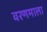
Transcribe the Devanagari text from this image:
वरणमाला